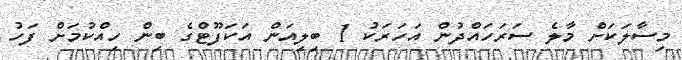
މިސާލަކަށް މާލެ ސަރަހައްދުން އަހަރަކު 1 ބިލިއަން އަކަފޫޓްގެ ބިން ހިއްކުމަށް ފަހު